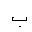
Letter: _ba